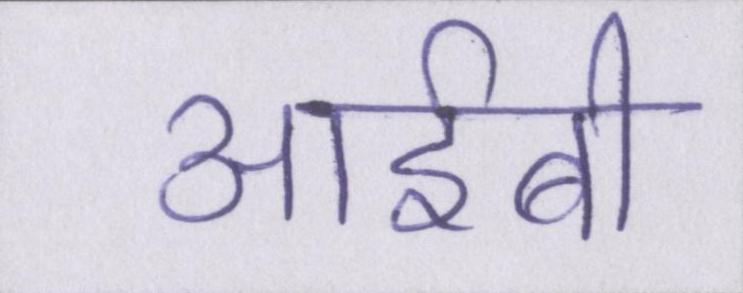
आईबी